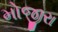
મોજીરા